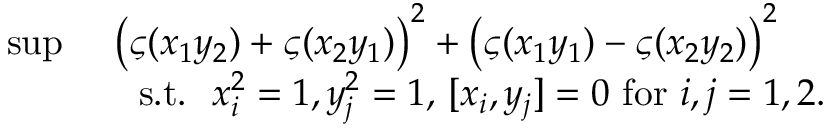
\begin{array} { r l } { \operatorname* { s u p } \ } & { \left( \varsigma ( x _ { 1 } y _ { 2 } ) + \varsigma ( x _ { 2 } y _ { 1 } ) \right) ^ { 2 } + \left( \varsigma ( x _ { 1 } y _ { 1 } ) - \varsigma ( x _ { 2 } y _ { 2 } ) \right) ^ { 2 } } \\ & { \ \mathrm { ~ s . t . ~ } \ x _ { i } ^ { 2 } = 1 , y _ { j } ^ { 2 } = 1 , \, [ x _ { i } , y _ { j } ] = 0 \mathrm { ~ f o r ~ } i , j = 1 , 2 . } \end{array}